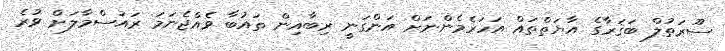
ސޫރަތުލް ބަޤަރާގެ އާޔަތްތައް އަހަރެމެންނަށް އަންގަނީ ރިބާއިން ތައުބާ ވެއްޖެނަމަ ރައުސްމާލަށް ވުރެ